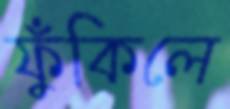
ফুঁকিলে